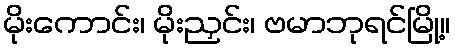
မိုးကောင်း၊ မိုးညှင်း၊ ဗမာဘုရင်မြို့။